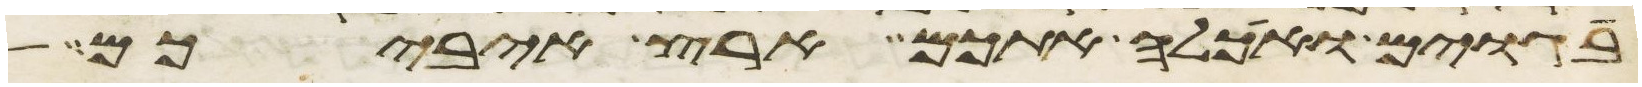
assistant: בגוים ואכלה אתכם ארץ איביכם